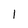
Character: I